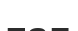
тап